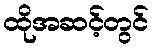
ထိုအဆင့်တွင်